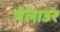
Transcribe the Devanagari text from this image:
वेलाउर